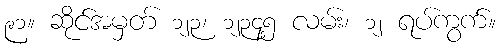
၉၁။ ဆိုင်အမှတ် ၁၂၃၊ ၁၂၃၄၅ လမ်း၊ ၁၂ ရပ်ကွက်။